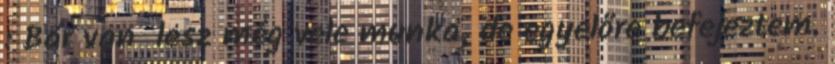
: Bár van lesz még vele munka, de egyelőre befejeztem.